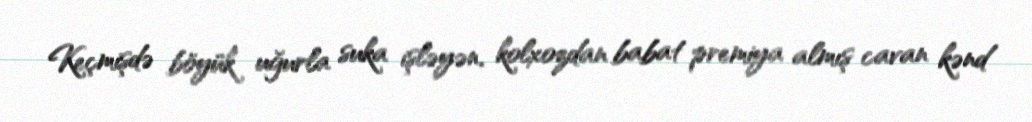
Keçmişdə böyük uğurla suka işləyən, kolxozdan babat premiya almış cavan kənd